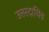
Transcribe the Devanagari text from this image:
उत्तरदायिव